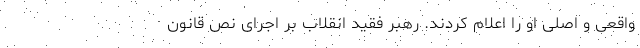
واقعی و اصلی او را اعلام کردند. رهبر فقید انقلاب بر اجرای نص قانون